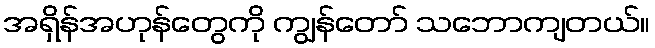
အရှိန်အဟုန်တွေကို ကျွန်တော် သဘောကျတယ်။